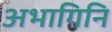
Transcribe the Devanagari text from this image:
अभागिनि